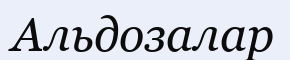
Альдозалар